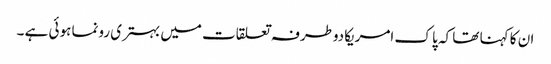
ان کا کہنا تھا کہ پا ک امریکادوطرفہ تعلقات میں بہتری رونما ہوئی ہے ۔